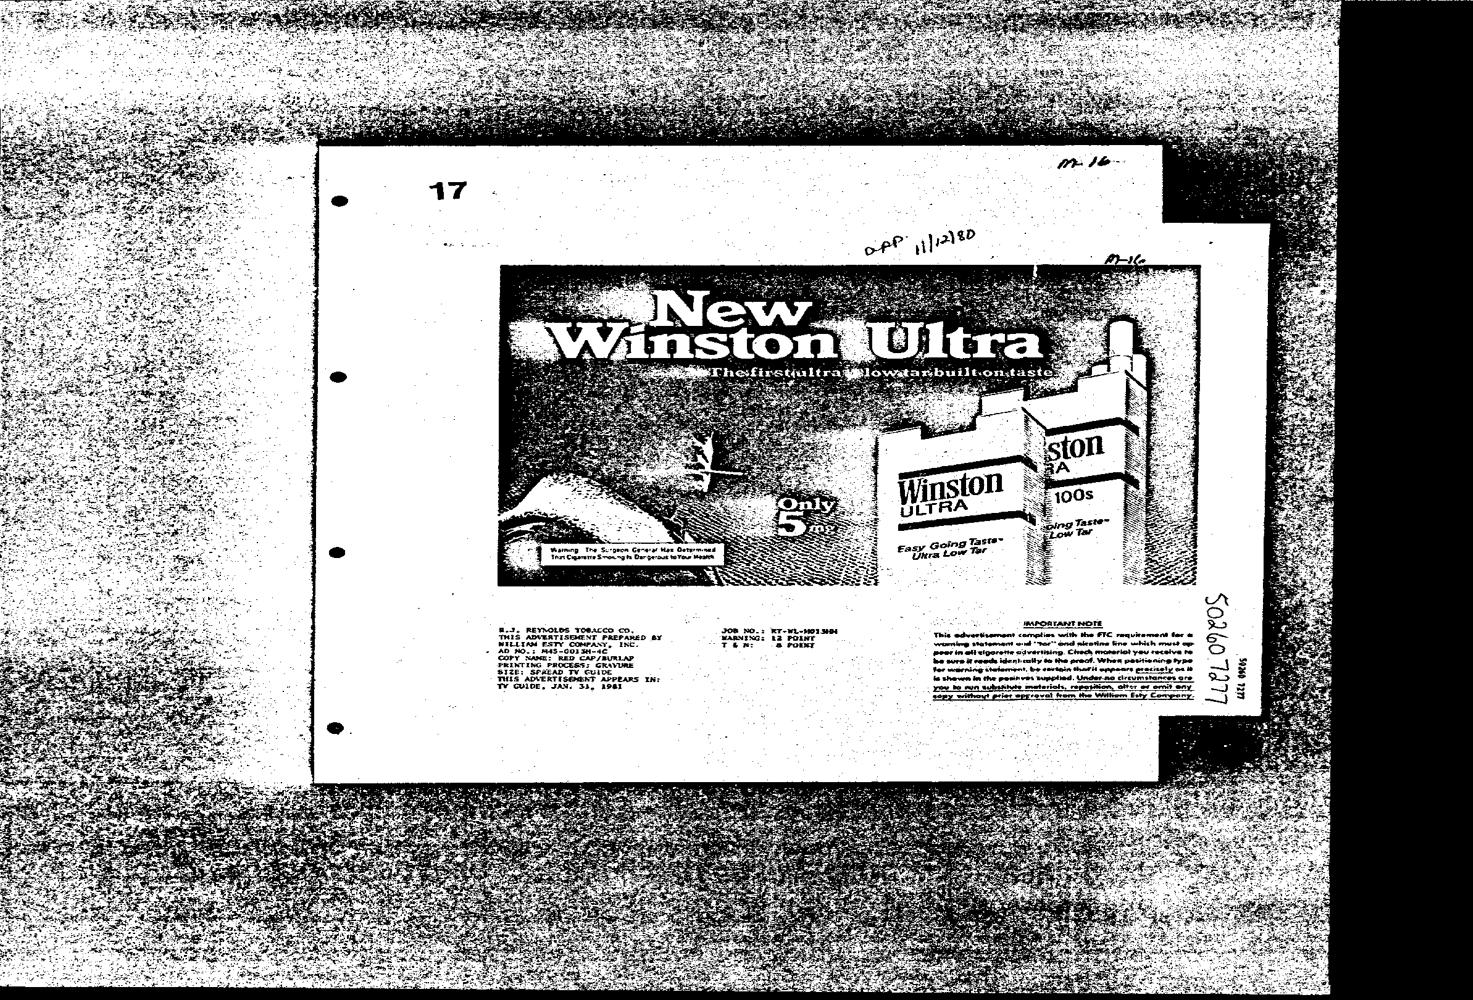
os IMPORTANT NOTE
 This edvartiiement complios with the FIC raquicament ber a
 warning tatement wh “ter” ond micotins Eine which enue? op
 Peer in stl eigorette advertising. Check materi} yeu receive te
 ee sure # peeds idenh cally te the preot. When pasitieaing type
 fer merring itelement, by enrtain tharli eppears preciuely one
 fa shaven In the pesiives Eupptied. Underna clreumstances ore
 yoy be sun substityte materiol:, repestion, alter ot ernl) ony
 z ier SPE rovat from tee Wilton, E my
 TY GUIDE, JAN. 33, 19ar